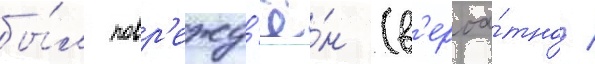
бы́л повр'ежд'ё́н (в'ероа́тно /